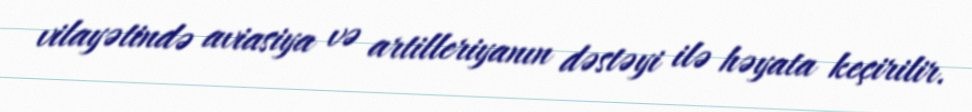
vilayətində aviasiya və artilleriyanın dəstəyi ilə həyata keçirilir.